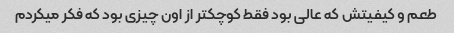
طعم و کیفیتش که عالی بود فقط کوچکتر از اون چیزی بود که فکر میکردم